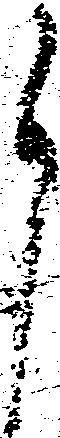
御